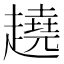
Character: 趬